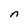
Character: n